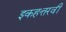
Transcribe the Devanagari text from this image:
इकहत्तरवीं